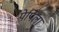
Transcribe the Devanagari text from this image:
पेपिला